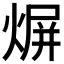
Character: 𤋊